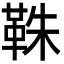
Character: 𩊣